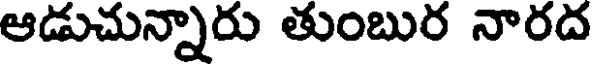
ఆడుచున్నారు తుంబుర నారద